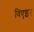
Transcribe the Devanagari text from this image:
विएइर